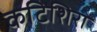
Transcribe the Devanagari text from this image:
कटिशिरा